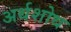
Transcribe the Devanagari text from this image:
अर्थशोध